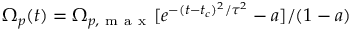
\Omega _ { p } ( t ) = \Omega _ { p , \mathrm { ~ m ~ a ~ x ~ } } [ e ^ { - ( t - t _ { c } ) ^ { 2 } / \tau ^ { 2 } } - a ] / ( 1 - a )